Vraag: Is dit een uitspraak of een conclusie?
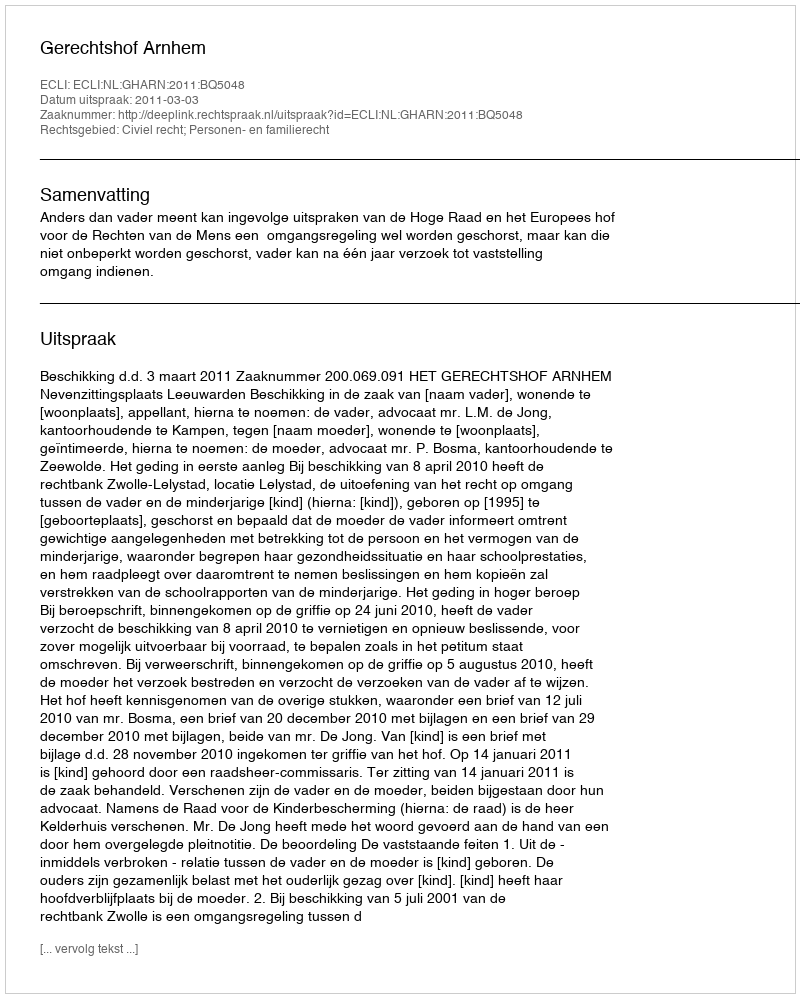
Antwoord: Uitspraak